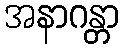
အနာဂန္တာ